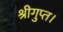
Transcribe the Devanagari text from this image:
श्रीगुप्त।